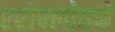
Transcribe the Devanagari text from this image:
एरोफ्लोतने